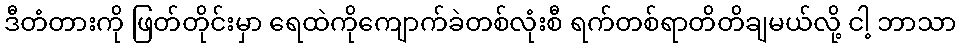
ဒီတံတားကို ဖြတ်တိုင်းမှာ ရေထဲကိုကျောက်ခဲတစ်လုံးစီ ရက်တစ်ရာတိတိချမယ်လို့ ငါ့ ဘာသာ